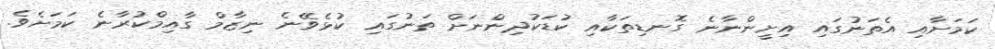
ކަމަށާއި އެތަނުގައި އިށީންނާނެ ގޮނޑިތަކާއި ކުޑަކުދިންނަށް ތަނުގައި ކުޅެވޭނެ ނިޒާމް ގާއިމްކުރާނެ ކަމަށެވެ.